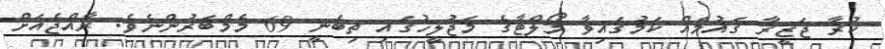
ކުރާ ޖަޒީރާ ޤައުމެއް ކަމުގައިވާ މޯލްޓާގެ މަޖުލީހުގައި ތިބެނީ 69 މެމްބަރުންނެވެ. ރާއްޖެއަށް